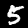
Label: 5